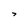
Character: 7